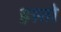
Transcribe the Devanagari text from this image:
इस्तो